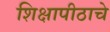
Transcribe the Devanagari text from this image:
शिक्षापीठाचे